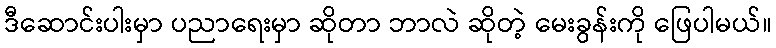
ဒီဆောင်းပါးမှာ ပညာရေးမှာ ဆိုတာ ဘာလဲ ဆိုတဲ့ မေးခွန်းကို ဖြေပါမယ်။